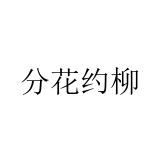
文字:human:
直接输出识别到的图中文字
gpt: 分花约柳